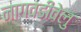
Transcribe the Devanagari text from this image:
नागवडीवेलु